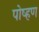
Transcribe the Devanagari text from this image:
पोष्हण